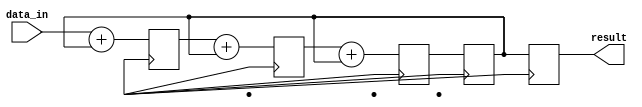
module Pipeline_accumulator (
  input wire [7:0] data_in,
  output reg [7:0] result
);

reg [7:0] accumulator;
reg [7:0] block_output1;
reg [7:0] block_output2;
reg [7:0] block_output3;

// Arithmetic block 1
always @ (posedge clk) begin
  block_output1 <= data_in + accumulator;
end

// Arithmetic block 2
always @ (posedge clk) begin
  block_output2 <= block_output1 + accumulator;
end

// Arithmetic block 3
always @ (posedge clk) begin
  block_output3 <= block_output2 + accumulator;
end

// Accumulator
always @ (posedge clk) begin
  accumulator <= block_output3;
  result <= accumulator;
end

endmodule